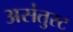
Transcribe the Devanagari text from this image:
असंतुस्ट